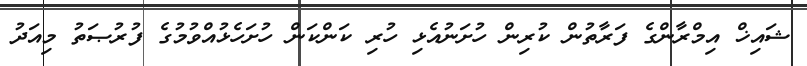
ޝައިޚް އިމްރާންގެ ފަރާތުން ކުރިން ހުށަނުއެޅި ހުރި ކަންކަން ހުށަހެޅުއްވުމުގެ ފުރުޞަތު މިއަދު